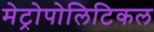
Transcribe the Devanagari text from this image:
मेट्रोपोलिटिकल